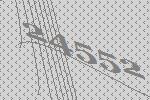
24552